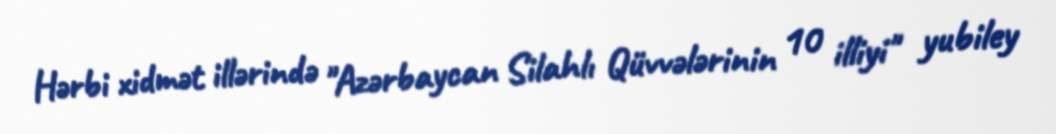
Hərbi xidmət illərində "Azərbaycan Silahlı Qüvvələrinin 10 illiyi" yubiley